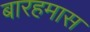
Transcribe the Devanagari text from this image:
बारहमास